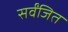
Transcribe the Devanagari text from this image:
सर्वंजित